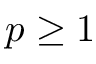
p \geq 1